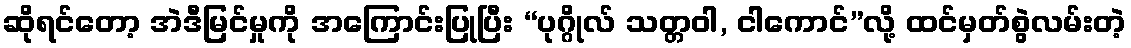
ဆိုရင်တော့ အဲဒီမြင်မှုကို အကြောင်းပြုပြီး “ပုဂ္ဂိုလ် သတ္တဝါ, ငါကောင်”လို့ ထင်မှတ်စွဲလမ်းတဲ့